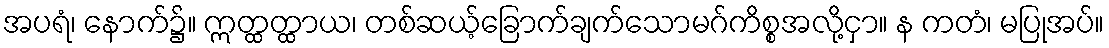
အပရံ၊ နောက်၌။ ဣတ္ထတ္ထာယ၊ တစ်ဆယ့်ခြောက်ချက်သောမဂ်ကိစ္စအလို့ငှာ။ န ကတံ၊ မပြုအပ်။